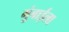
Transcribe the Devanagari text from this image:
मुंबाईला